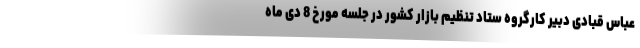
عباس قبادی دبیر کارگروه ستاد تنظیم بازار کشور در جلسه مورخ 8 دی ماه